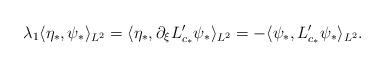
LaTeX: \begin{align*}\lambda_1 \langle \eta_*,\psi_* \rangle_{L^2} = \langle \eta_*, \partial_{\xi} L_{c_*}' \psi_* \rangle_{L^2} =- \langle \psi_*, L_{c_*}' \psi_* \rangle_{L^2}.\end{align*}